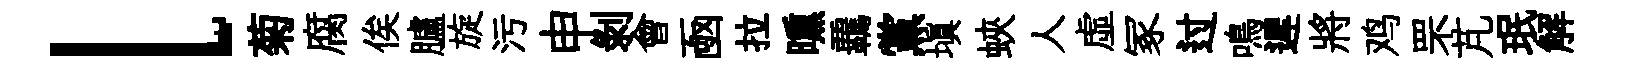
l菊腐俟臚旋污申剥會凾拉曛覊黨填蛺人虛冢过鳴遲將鸡罘芃珉解